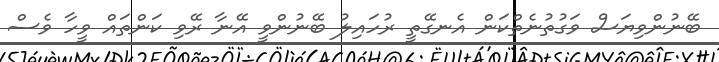
ބޭނުންވިޔަސް ވަގުތުނެތްކަން އެނގޭތީ ރުހައިލު ބޭނުންވީ އޭނާ ރޭވި ކަންތައް ވީހާ ވެސް